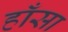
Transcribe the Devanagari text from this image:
हाँसा